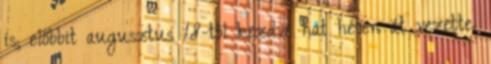
is; előbbit augusztus 18-tól kezdve hat héten át vezette.